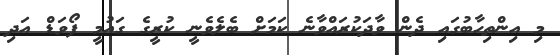
މި އިންތިހާބުގައި ދެން ވާދަކުރައްވާނެ ކަމަށް ބެލެވެނީ ކުރީގެ ގައުމީ ފޯވަޑް އަދި